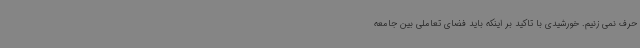
حرف نمی زنیم. خورشیدی با تاکید بر اینکه باید فضای تعاملی بین جامعه